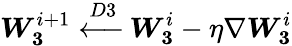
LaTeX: \boldsymbol{W_{3}}^{i+1}\xleftarrow{D3}\boldsymbol{W_{3}}^{i}-\eta\nabla\boldsymbol{W_{3}}^{i}